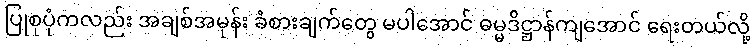
ပြုစုပုံကလည်း အချစ်အမုန်း ခံစားချက်တွေ မပါအောင် ဓမ္မဒိဋ္ဌာန်ကျအောင် ရေးတယ်လို့